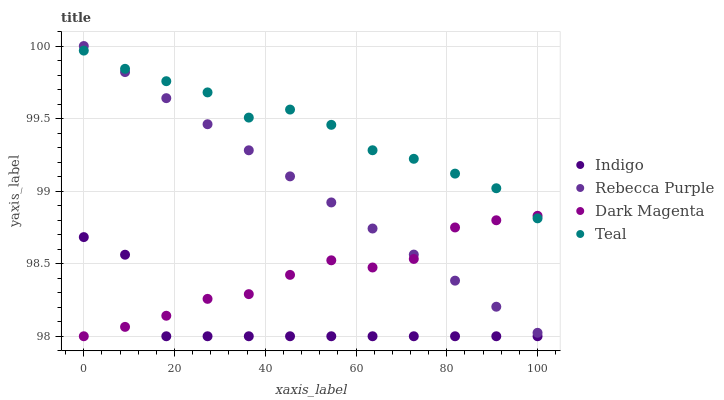
| xaxis_label | Indigo | Rebecca Purple | Dark Magenta | Teal |
 | --- | --- | --- | --- | --- |
 | 0 | 98.7 | 100 | 98 | 100 |
 | 9.09 | 98.6 | 99.8 | 98.1 | 99.8 |
 | 18.2 | 98 | 99.6 | 98.1 | 99.8 |
 | 27.3 | 98 | 99.5 | 98.3 | 99.7 |
 | 36.4 | 98 | 99.3 | 98.3 | 99.5 |
 | 45.5 | 98 | 99.1 | 98.4 | 99.6 |
 | 54.5 | 98 | 98.9 | 98.5 | 99.5 |
 | 63.6 | 98 | 98.7 | 98.5 | 99.3 |
 | 72.7 | 98 | 98.6 | 98.5 | 99.2 |
 | 81.8 | 98 | 98.4 | 98.7 | 99.1 |
 | 90.9 | 98 | 98.2 | 98.8 | 99 |
 | 100 | 98 | 98 | 98.8 | 98.8 |